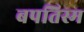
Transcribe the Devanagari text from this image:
बपतिस्म